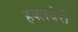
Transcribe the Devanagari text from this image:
हक्लबेरी